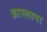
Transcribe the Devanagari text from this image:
क्रास्लावा